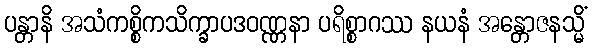
ပန္တာနိ အသံကစ္စိကသိက္ခာပဒဝဏ္ဏနာ ပရိစ္စာဂဿ နယနံ အန္တောဇနသ္မိံ